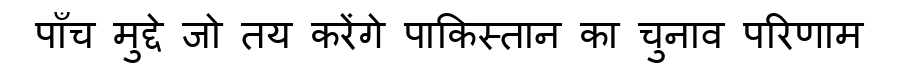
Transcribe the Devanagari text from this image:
पाँच मुद्दे जो तय करेंगे पाकिस्तान का चुनाव परिणाम